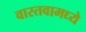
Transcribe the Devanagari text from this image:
वास्तवामध्ये